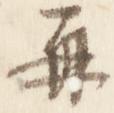
再